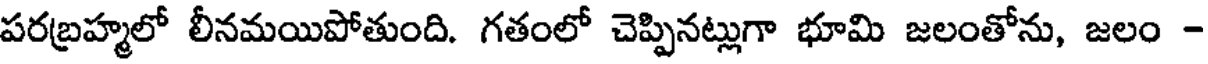
పరబ్రహ్మలో లీనమయిపోతుంది. గతంలో చెప్పినట్లుగా భూమి జలంతోను, జలం -